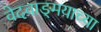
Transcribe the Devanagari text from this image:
वेदवाङ्‌मयाच्या